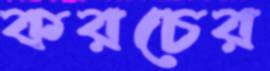
করচের